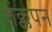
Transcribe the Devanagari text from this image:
तंक्कपन